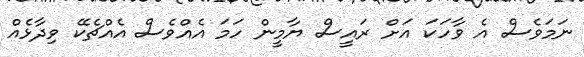
ނަމަވެސް އެ ވާހަކަ އަށް ރައީސް ޔާމީން ހަމަ އެއްވެސް އެއްޗެކޭ ވިދާޅެއް